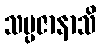
သမ္ပဇာနာသိ